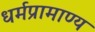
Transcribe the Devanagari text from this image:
धर्मप्रामाण्य